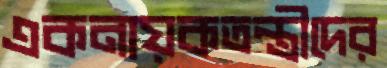
একনায়কতন্ত্রীদের